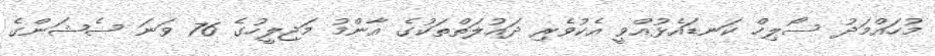
މުހައްމަދު ސޯލިހް ކަނޑައެޅުއްވީ އެކުވެރި ދައުލަތްތަކުގެ އާންމު މަޖިލީހުގެ 76 ވަނަ ސެޝަންގެ